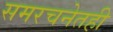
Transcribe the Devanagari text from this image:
समरचनेतही